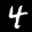
Label: 4